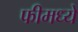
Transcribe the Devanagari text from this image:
फीमध्ये